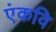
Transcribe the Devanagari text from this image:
एंकवि